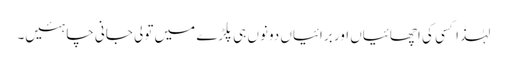
لہٰذا کسی کی اچھائیاں اور برائیاں دونوں ہی پلڑے میں تولی جانی چاہئیں۔